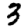
Digit: 3